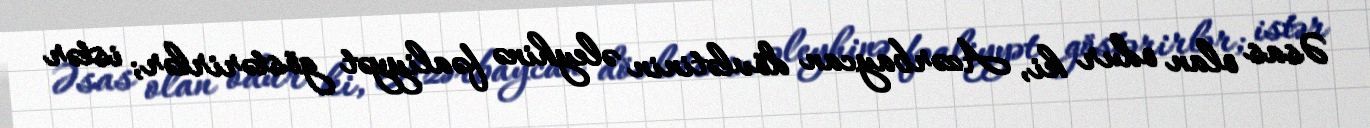
Əsas olan odur ki, Azərbaycan dövlətinin əleyhinə fəaliyyət göstərirlər; istər